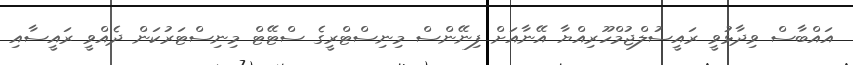
އައްބާސް ވިދާޅުވީ ރައީސުލްޖުމްހޫރިއްޔާ އޭނާއަށް ފިނޭންސް މިނިސްޓްރީގެ ސްޓޭޓް މިނިސްޓަރުކަން ދެއްވީ ރައީސާއި